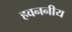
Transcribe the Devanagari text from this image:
हवननीय